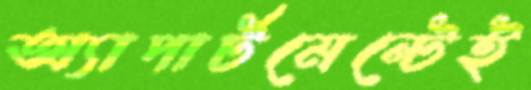
অ্যাপার্টমেন্টেই